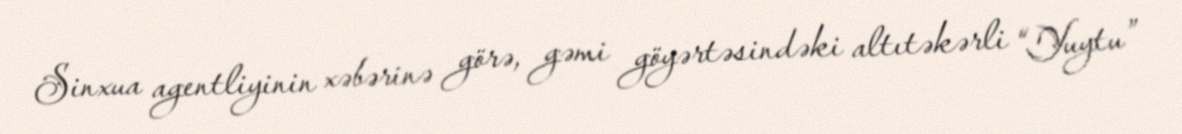
Sinxua agentliyinin xəbərinə görə, gəmi göyərtəsindəki altıtəkərli “Yuytu”